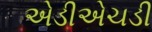
એડીએચડી